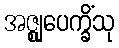
အဇ္ဈုပေက္ခိံသု